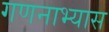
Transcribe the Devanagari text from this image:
गणनाभ्यास